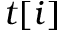
t [ i ]